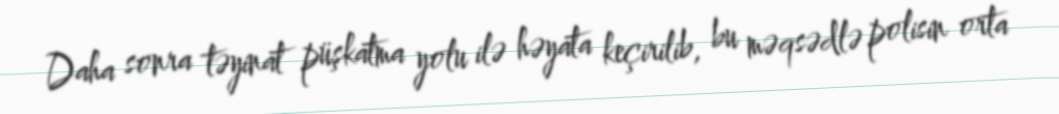
Daha sonra təyinat püşkatma yolu ilə həyata keçirilib, bu məqsədlə polisin orta